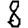
Digit: 8